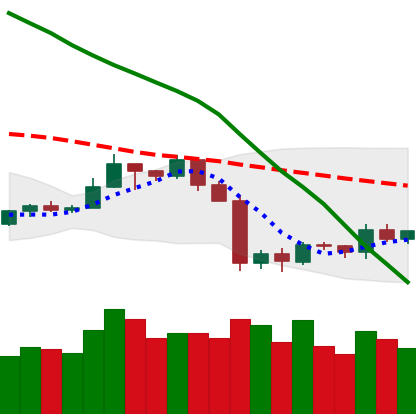
Ticker: TRX-USD
Chart end date: 2019-10-02
Forward return: 13.05%
Label: up_7plus